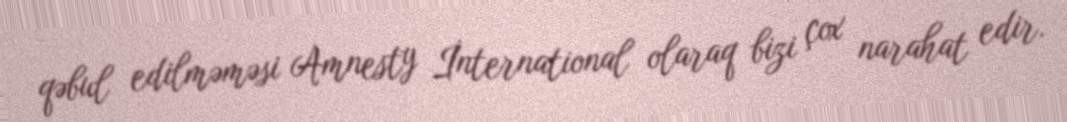
qəbul edilməməsi Amnesty İnternational olaraq bizi çox narahat edir.